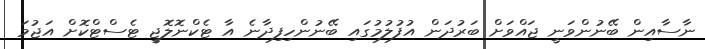
ނާސާއިން ބޭނުންވަނީ ޖައްވަށް ބަރުދަން އުފުލުމުގައި ބޭނުންހިފިދާނެ އާ ޓެކްނޮލޮޖީ ޓެސްޓްކޮށް އަޖުމަ